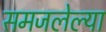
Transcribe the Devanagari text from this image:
समजलेल्या